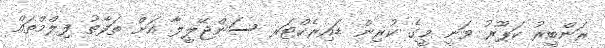
ރަންބީރު ކަޕޫރު ވަނީ މީގެ ކުރިން ޑައިރެކްޓަރ ސަންޖޭލީލާ އަށް ތަފާތު ފިލްމްތައް